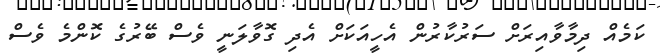
ކަމެއް ދިމާވާއިރަށް ސަރުކާރުން އެހީއަކަށް އެދި ގޮވާލަނީ ވެސް ބޭރުގެ ކޮންމެ ވެސް